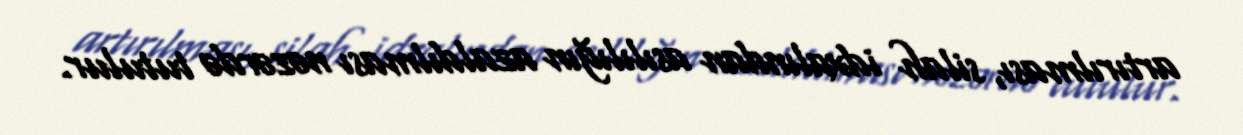
artırılması, silah idxalından asılılığın azaldılması nəzərdə tutulur.